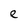
Character: e